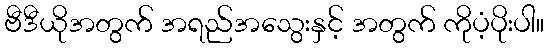
ဗီဒီယိုအတွက် အရည်အသွေးနှင့် အတွက် ကိုပံ့ပိုးပါ။